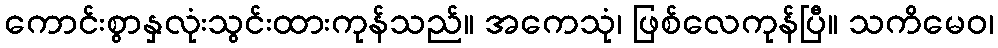
ကောင်းစွာနှလုံးသွင်းထားကုန်သည်။ အကေသုံ၊ ဖြစ်လေကုန်ပြီ။ သကိမေဝ၊